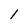
Character: 1